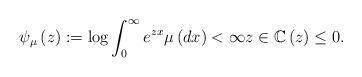
LaTeX: \begin{align*}\psi _{\mu }\left( z\right) :=\log \int_{0}^{\infty }e^{zx}\mu \left(dx\right) <\infty z\in \mathbb{C}\left(z\right) \leq 0. \end{align*}